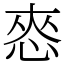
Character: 㤲